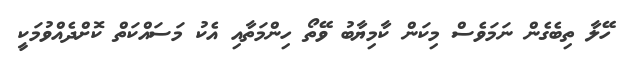
ހޭލާ ތިބެގެން ނަމަވެސް މިކަން ކާމިޔާބު ވޭތޯ ހިންމަތާއި އެކު މަސައްކަތް ކޮށްދެއްވުމަކީ